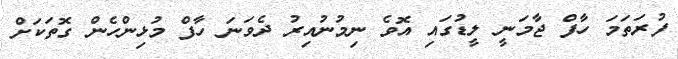
ފުރަތަމަ ހާފް ޖާމަނީ ލީޑުގައި އޮވެ ނިމުނުއިރު ދެވަނަ ހާފް މުޅިންހެން ގޮތަކަށް